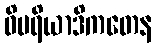
ဝိမရိယာဒိကတေန